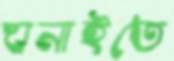
ঘনাইতে